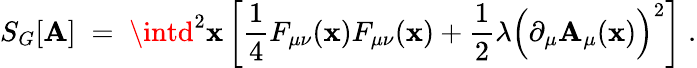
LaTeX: S_{G}[\mathbf{A}]\; =\; \intd^{2}\mathbf{x}\left[\frac{{1}}{{4}}F_{\mu\nu}(\mathbf{x})F_{\mu\nu}(\mathbf{x})+\frac{{1}}{{2}}\lambda\Big(\partial_{\mu}\mathbf{A}_{\mu}(\mathbf{x})\Big)^{2}\right]\; .